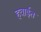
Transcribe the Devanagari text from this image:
हवाईत